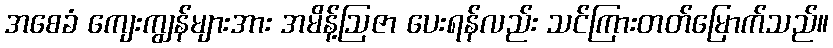
အစေခံ ကျေးကျွန်များအား အမိန့်ဩဇာ ပေးရန်လည်း သင်ကြားတတ်မြောက်သည်။